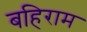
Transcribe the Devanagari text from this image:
बहिराम